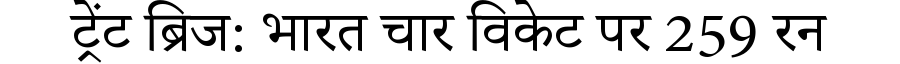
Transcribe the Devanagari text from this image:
ट्रेंट ब्रिज: भारत चार विकेट पर 259 रन